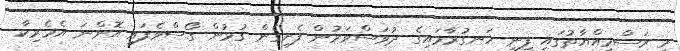
މި ރަސްމިއްޔާތުގައި ފިނި ހަނގުރާމައިގެ ދުވަސްވަރުން ފެށިގެން ގުޅުން ގޯސްވެފައި އޮންނަ އެމެރިކާ